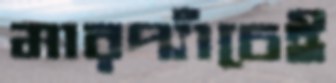
মারপ্যাঁচেই